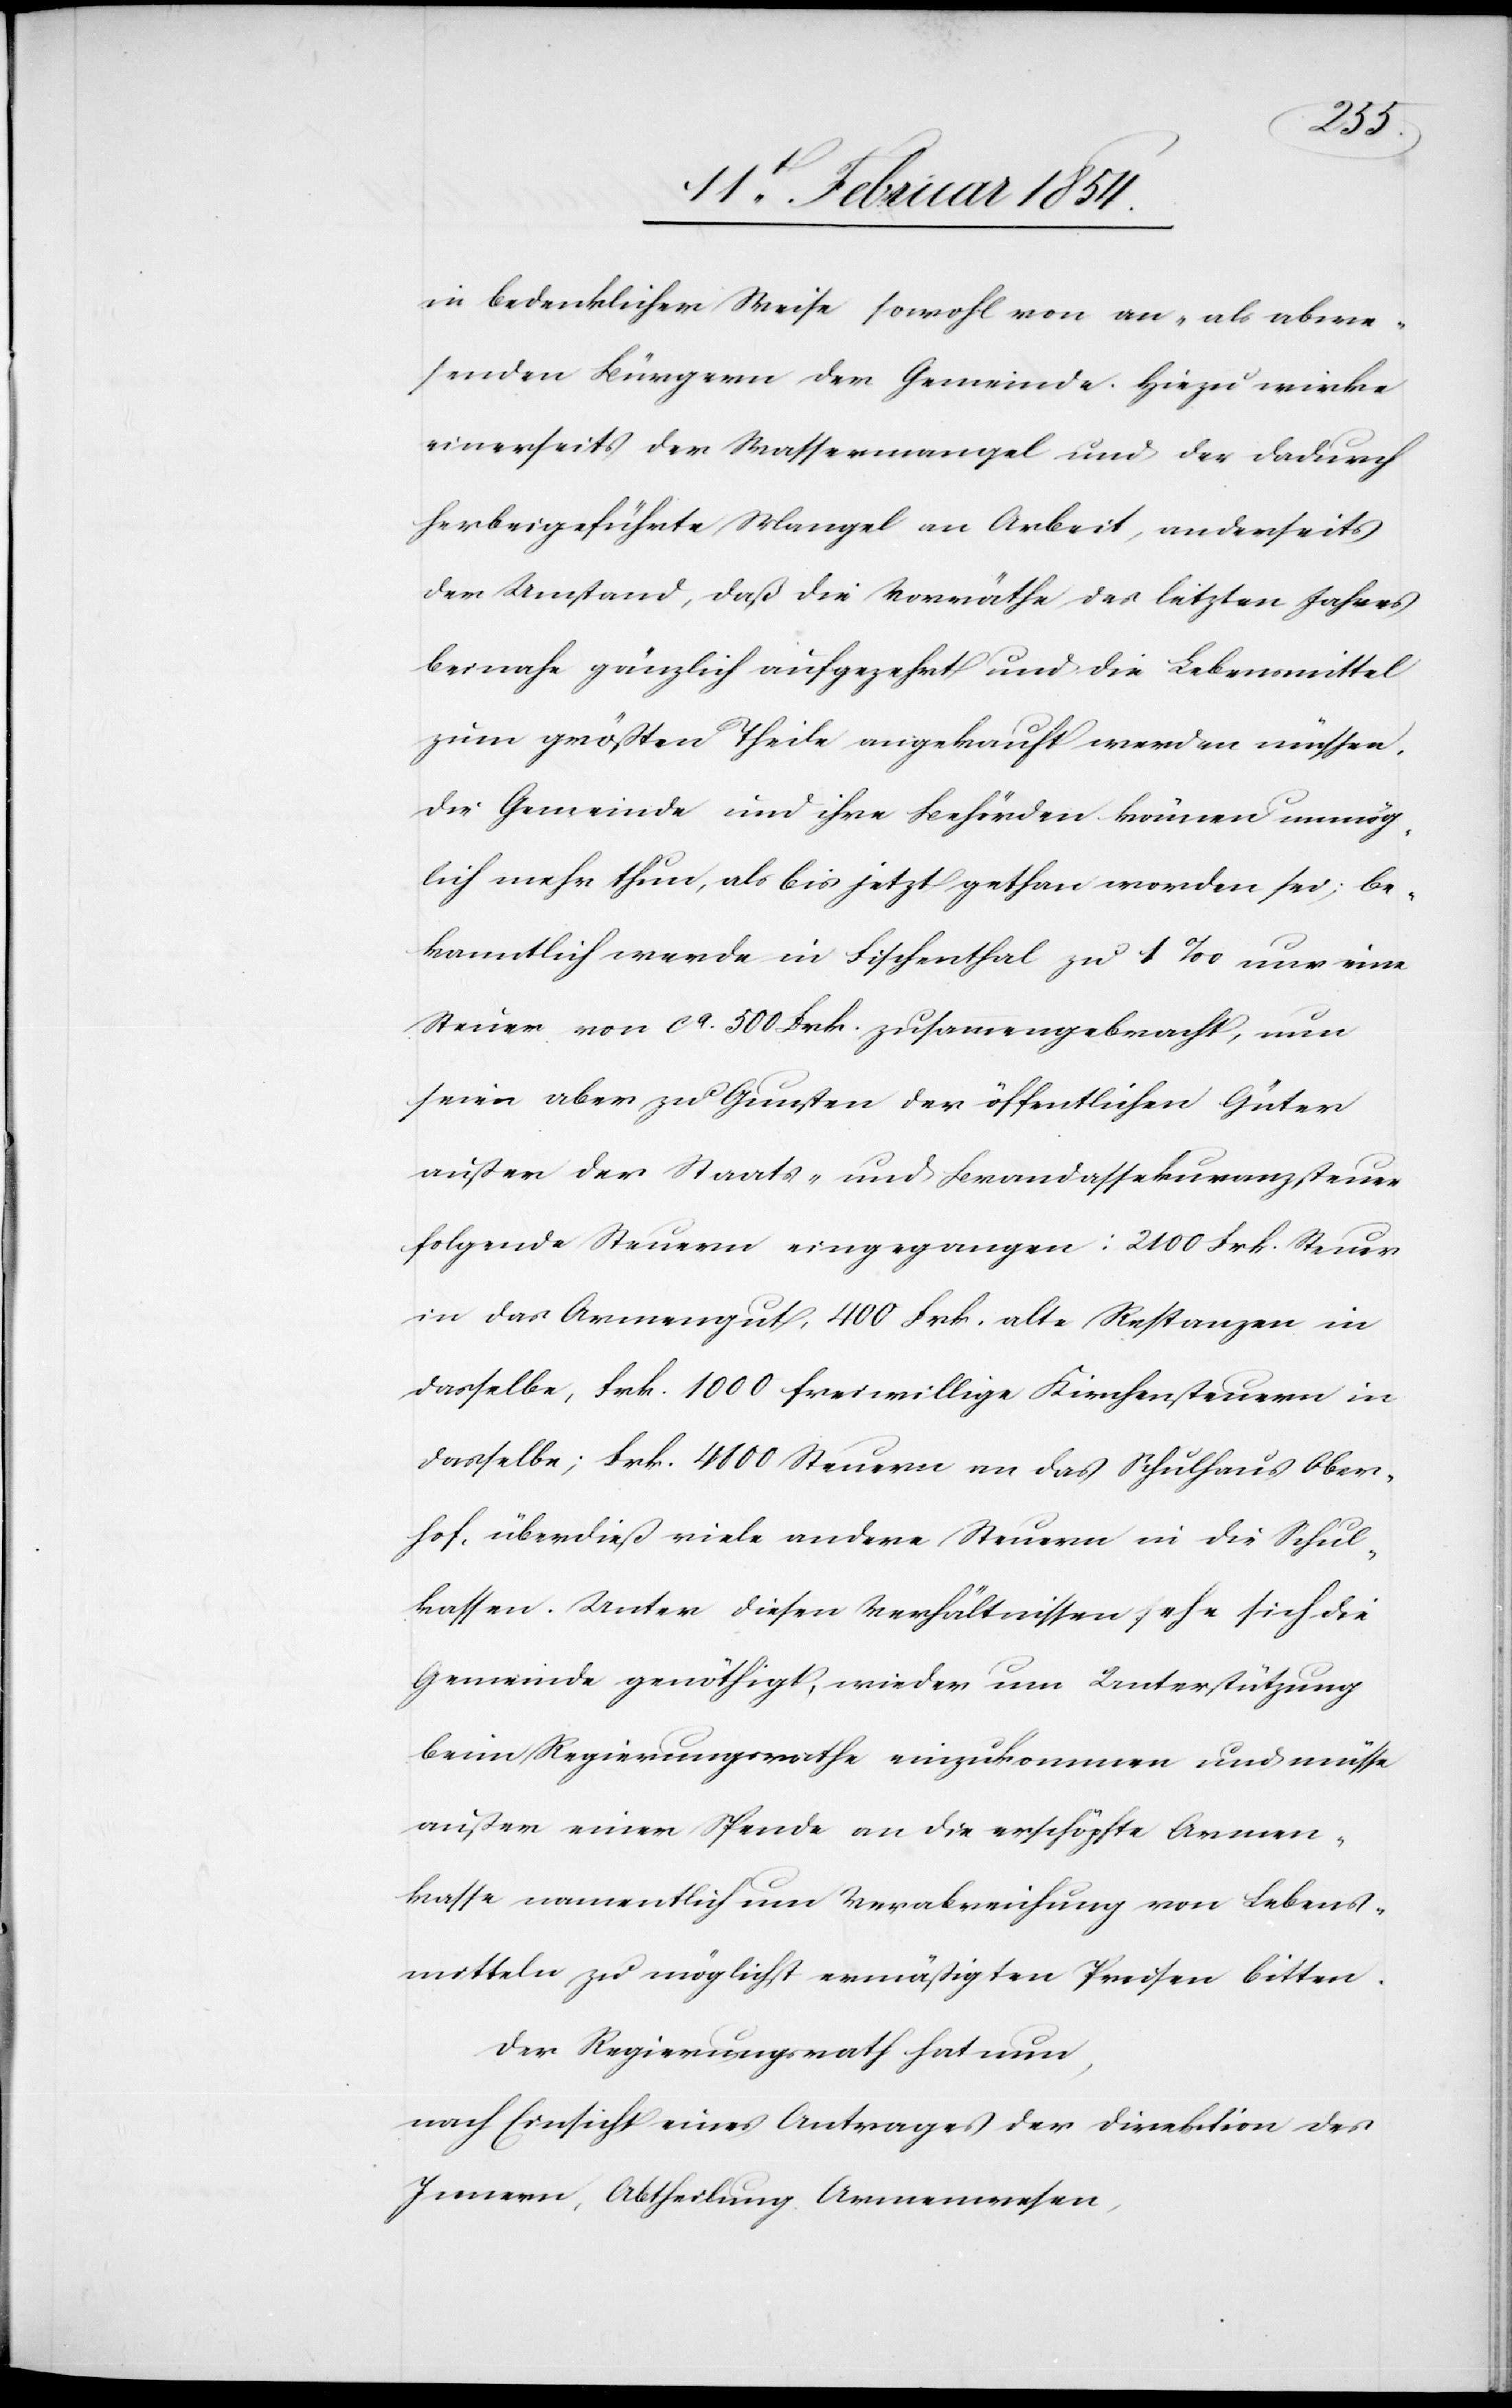
in bedenklicher Weise sowohl von an- als abwe¬
senden Bürgern der Gemeinde. Hiezu wirke
einerseits der Wassermangel und der dadurch
herbeigeführte Mangel an Arbeit, anderseits
der Umstand, daß die Vorräthe des letzten Jahres
beinahe gänzlich aufgezehrt und die Lebensmittel
zum größten Theile angekauft werden müssen.
Die Gemeinde und ihre Behörden können unmög¬
lich mehr thun, als bis jetzt gethan worden sei; be¬
kanntlich werde in Fischenthal zu 1‰ nur eine
Steuer von ca 500 Frk. zusammengebracht, nun
seien aber zu Gunsten der öffentlichen Güter
außer der Staats- und Brandassekuranzsteuer
folgende Steuern eingegangen: 2100 Frk. Steuer
in das Armengut, 400 Frk. alte Restanzen in
dasselbe, Frk. 1000 freiwillige Kirchensteuern in
dasselbe; Frk. 4800 Steuern an das Schulhaus Ober¬
hof, überdieß viele andere steuern in die Schul¬
kassen. Unter diesen Verhältnissen sehe sich die
Gemeinde genöthigt, wieder um Unterstützung
beim Regierungsrathe einzukommen und müsse
außer einer Spende an die erschöpfte Armen¬
kassen namentlich um Verabreichung von Lebens¬
mitteln zu möglichst ermäßigten Preisen bitten.
Der Regierungsrath hat nun,
nach Einsicht eines Antrages der Direktion des
Innern, Abtheilung Armenwesen,